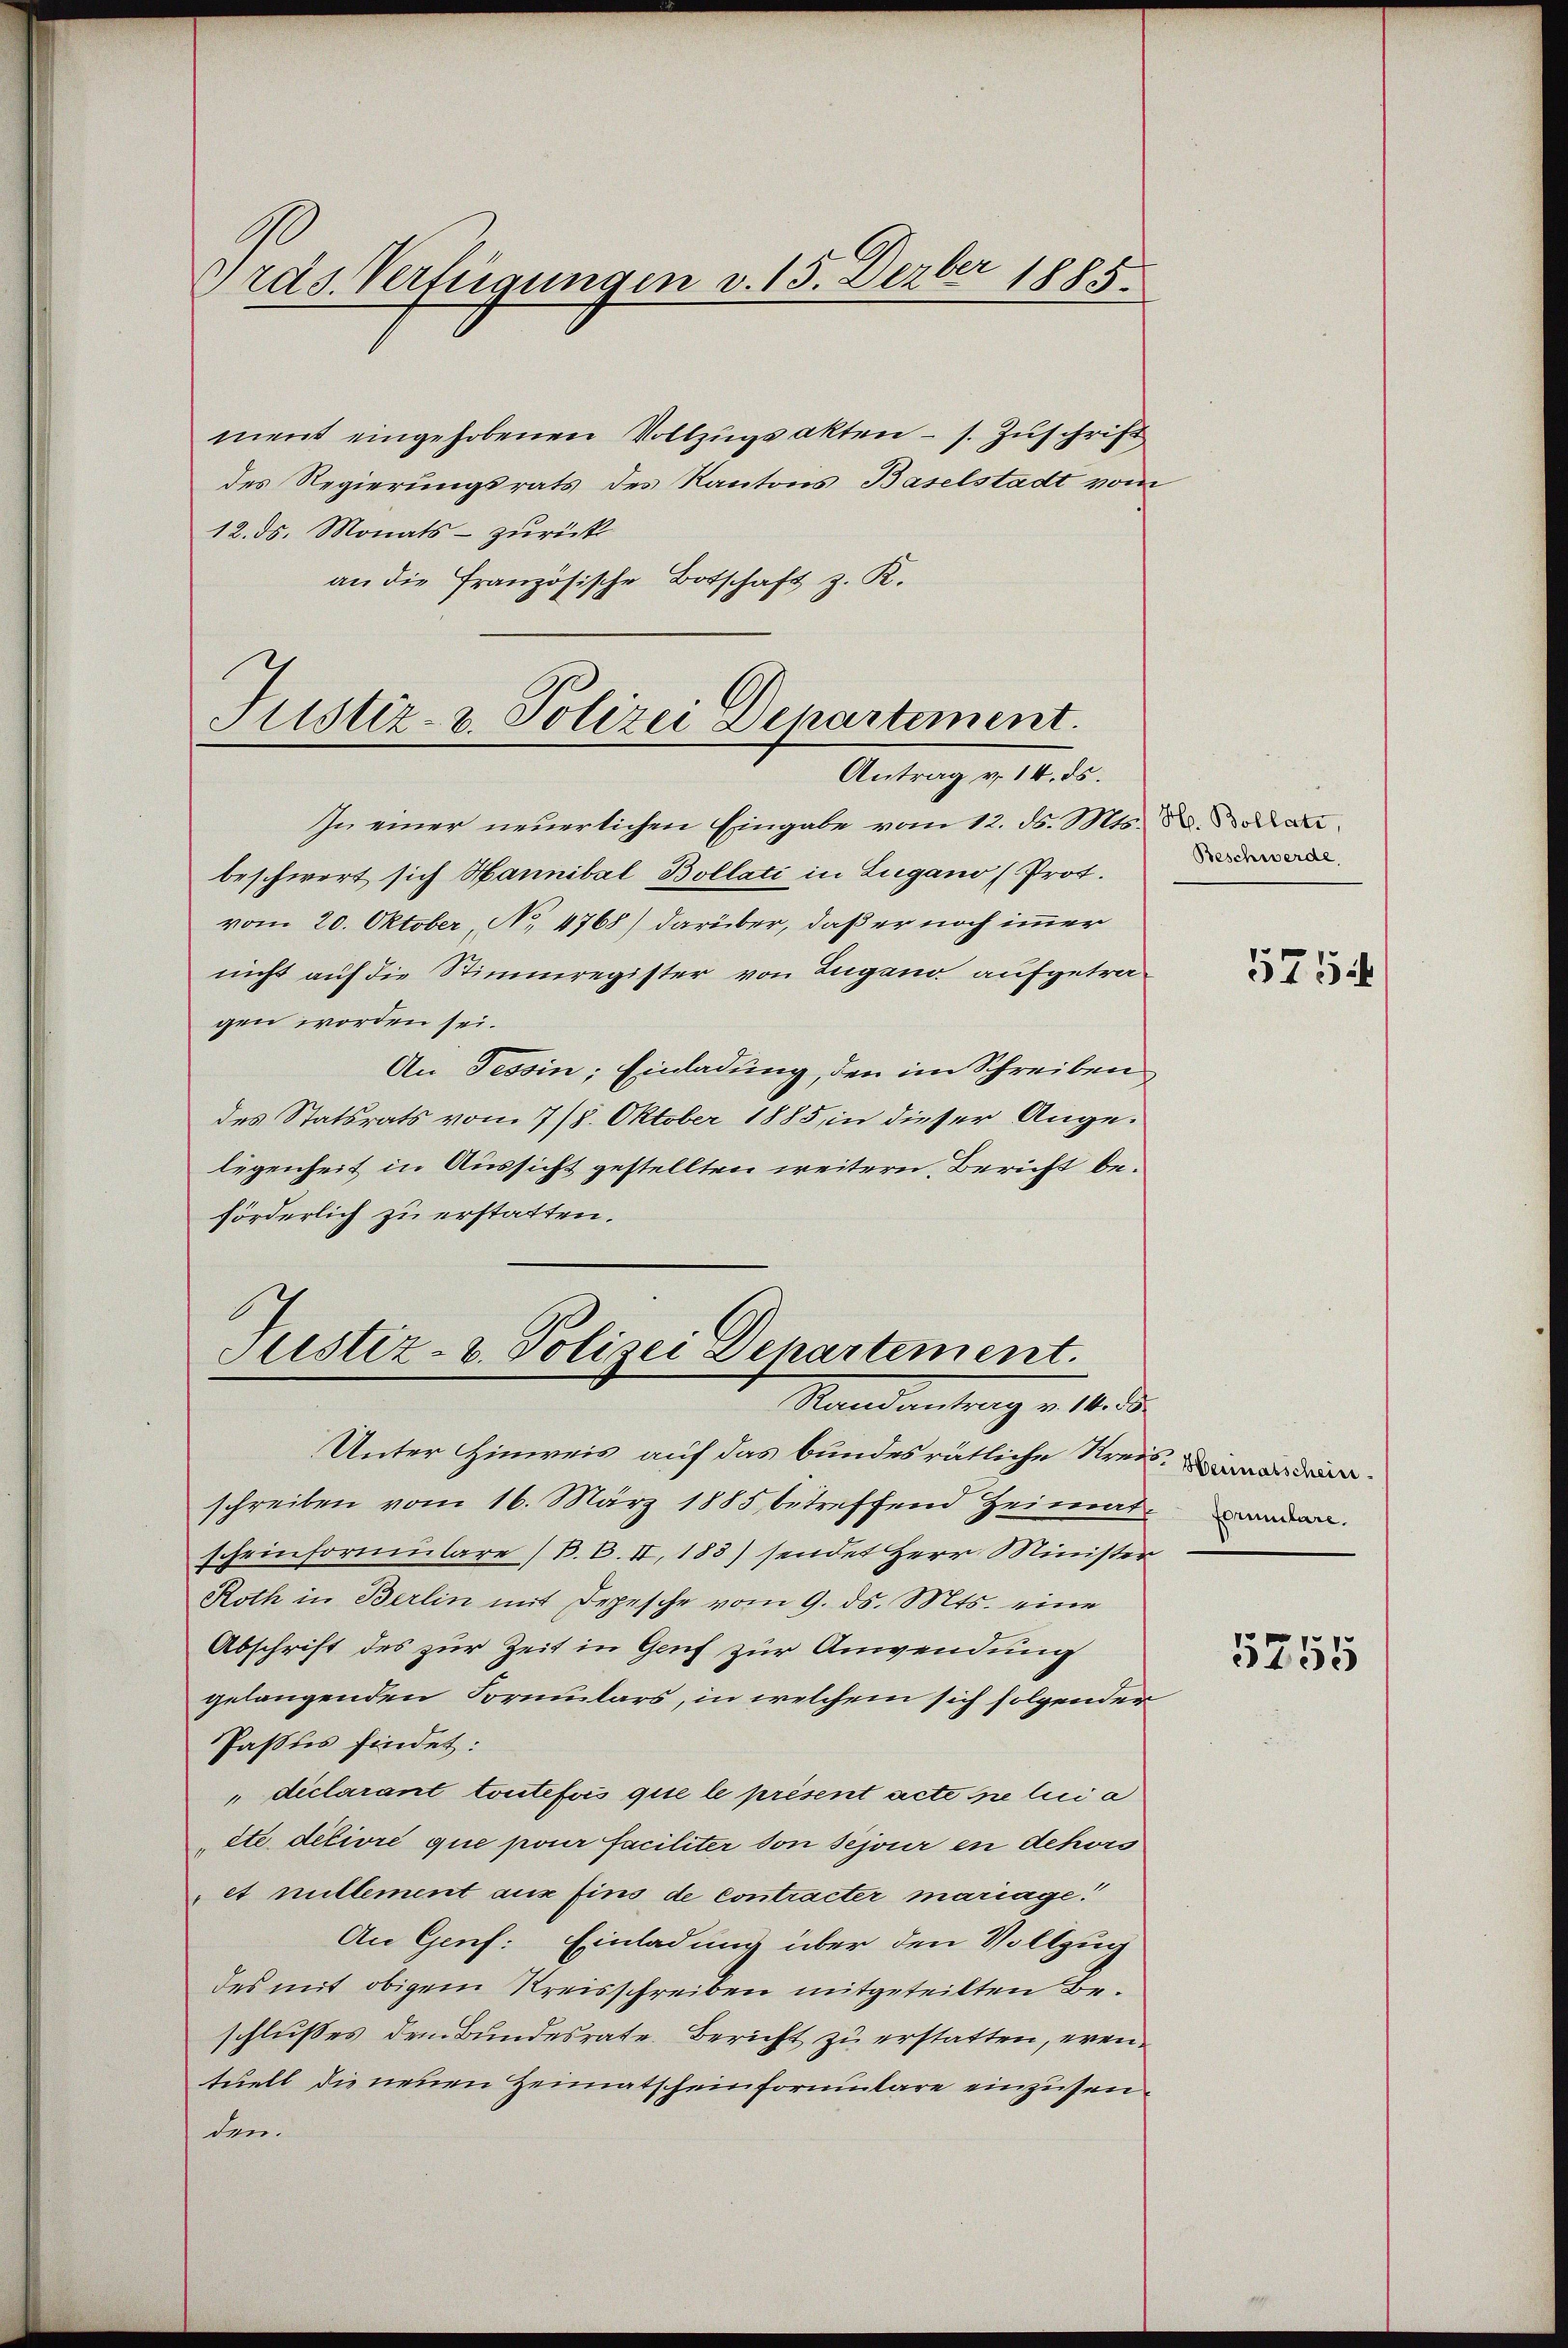
Gras Verfügungen v. 15. Dezber 1885

ment eingehobenen Vollzugsakten - s. Zuschrift
des Regierungsrats des Kantons Baselstadt vom
12. ds. Monats - zurück
an die Französische Botschaft z. K.

Justiz- & Polizei Departement.
Antrag v. 14. ds.

In einer neuerlichen Eingabe vom 12. d. Mts. Dr. Der
beschwert sich Hannibal Bollati in Lugano (Prot.
vom 20. Oktober, No 4768) darüber, daß er noch immer
nicht auf die Stimmregister von Lugano aufgetragen worden sei.
An Tessin; Einladung, den im Schreiben
des Statsrats vom 7/8. Oktober 1885, in dieser Angelegenheit in Aussicht gestellten weitern Bericht beförderlich zu erstatten.

Sistiz- u. Polizei Departement.
Standentrag v. 18. d.

Unter Hinweis auf das bundesrätliche Kreischreiben vom 16. März 1885 betreffend Heimat worden.
scheinformulare / B. B. II, 183) sendet Herr Minister
Roth in Berlin mit Depesche vom 9. ds. Mts. eine
Abschrift des zur Zeit in Genf zur Anwendung
gelangenden Formulars, in welchem sich folgender
Passus findet:
diclarant toutefois que le présent acte ne lii a
ete délivre que pour faciliter von sejour en dehors
et millement aus fins de contracter mariage!
An Genf: Einladung über den Vollzug
des mit obigem Kreisschreiben mitgeteilten Beschlußes dem Bundesrate. Bericht zu erstatten, eventuell die neuen Heimatscheinformulare einzusenden.

Beschwerde,

5754

Heimatschein.
e

5755